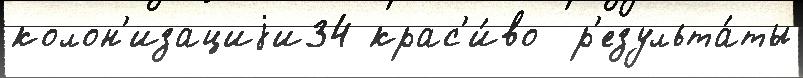
колон'изациjи34 крас'и́во  р'езульта́ты